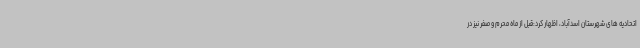
اتحادیه های شهرستان اسدآباد، اظهار کرد:قبل از ماه محرم و صفر نیز در